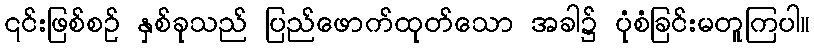
၎င်းဖြစ်စဉ် နှစ်ခုသည် ပြည်ဖောက်ထုတ်သော အခါ၌ ပုံစံခြင်းမတူကြပါ။